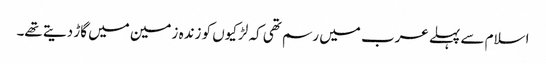
اسلام سے پہلے عرب میں رسم تھی کہ لڑکیوں کو زندہ زمین میں گاڑ دیتے تھے۔